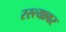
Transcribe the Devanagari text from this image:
रस्‍त्‍यावर